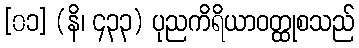
[၀၁] (နိ၊ ၄၃၃) ပုညကိရိယာဝတ္ထုစသည်